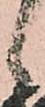
候